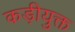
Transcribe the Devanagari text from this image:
कड़ीयुक्त